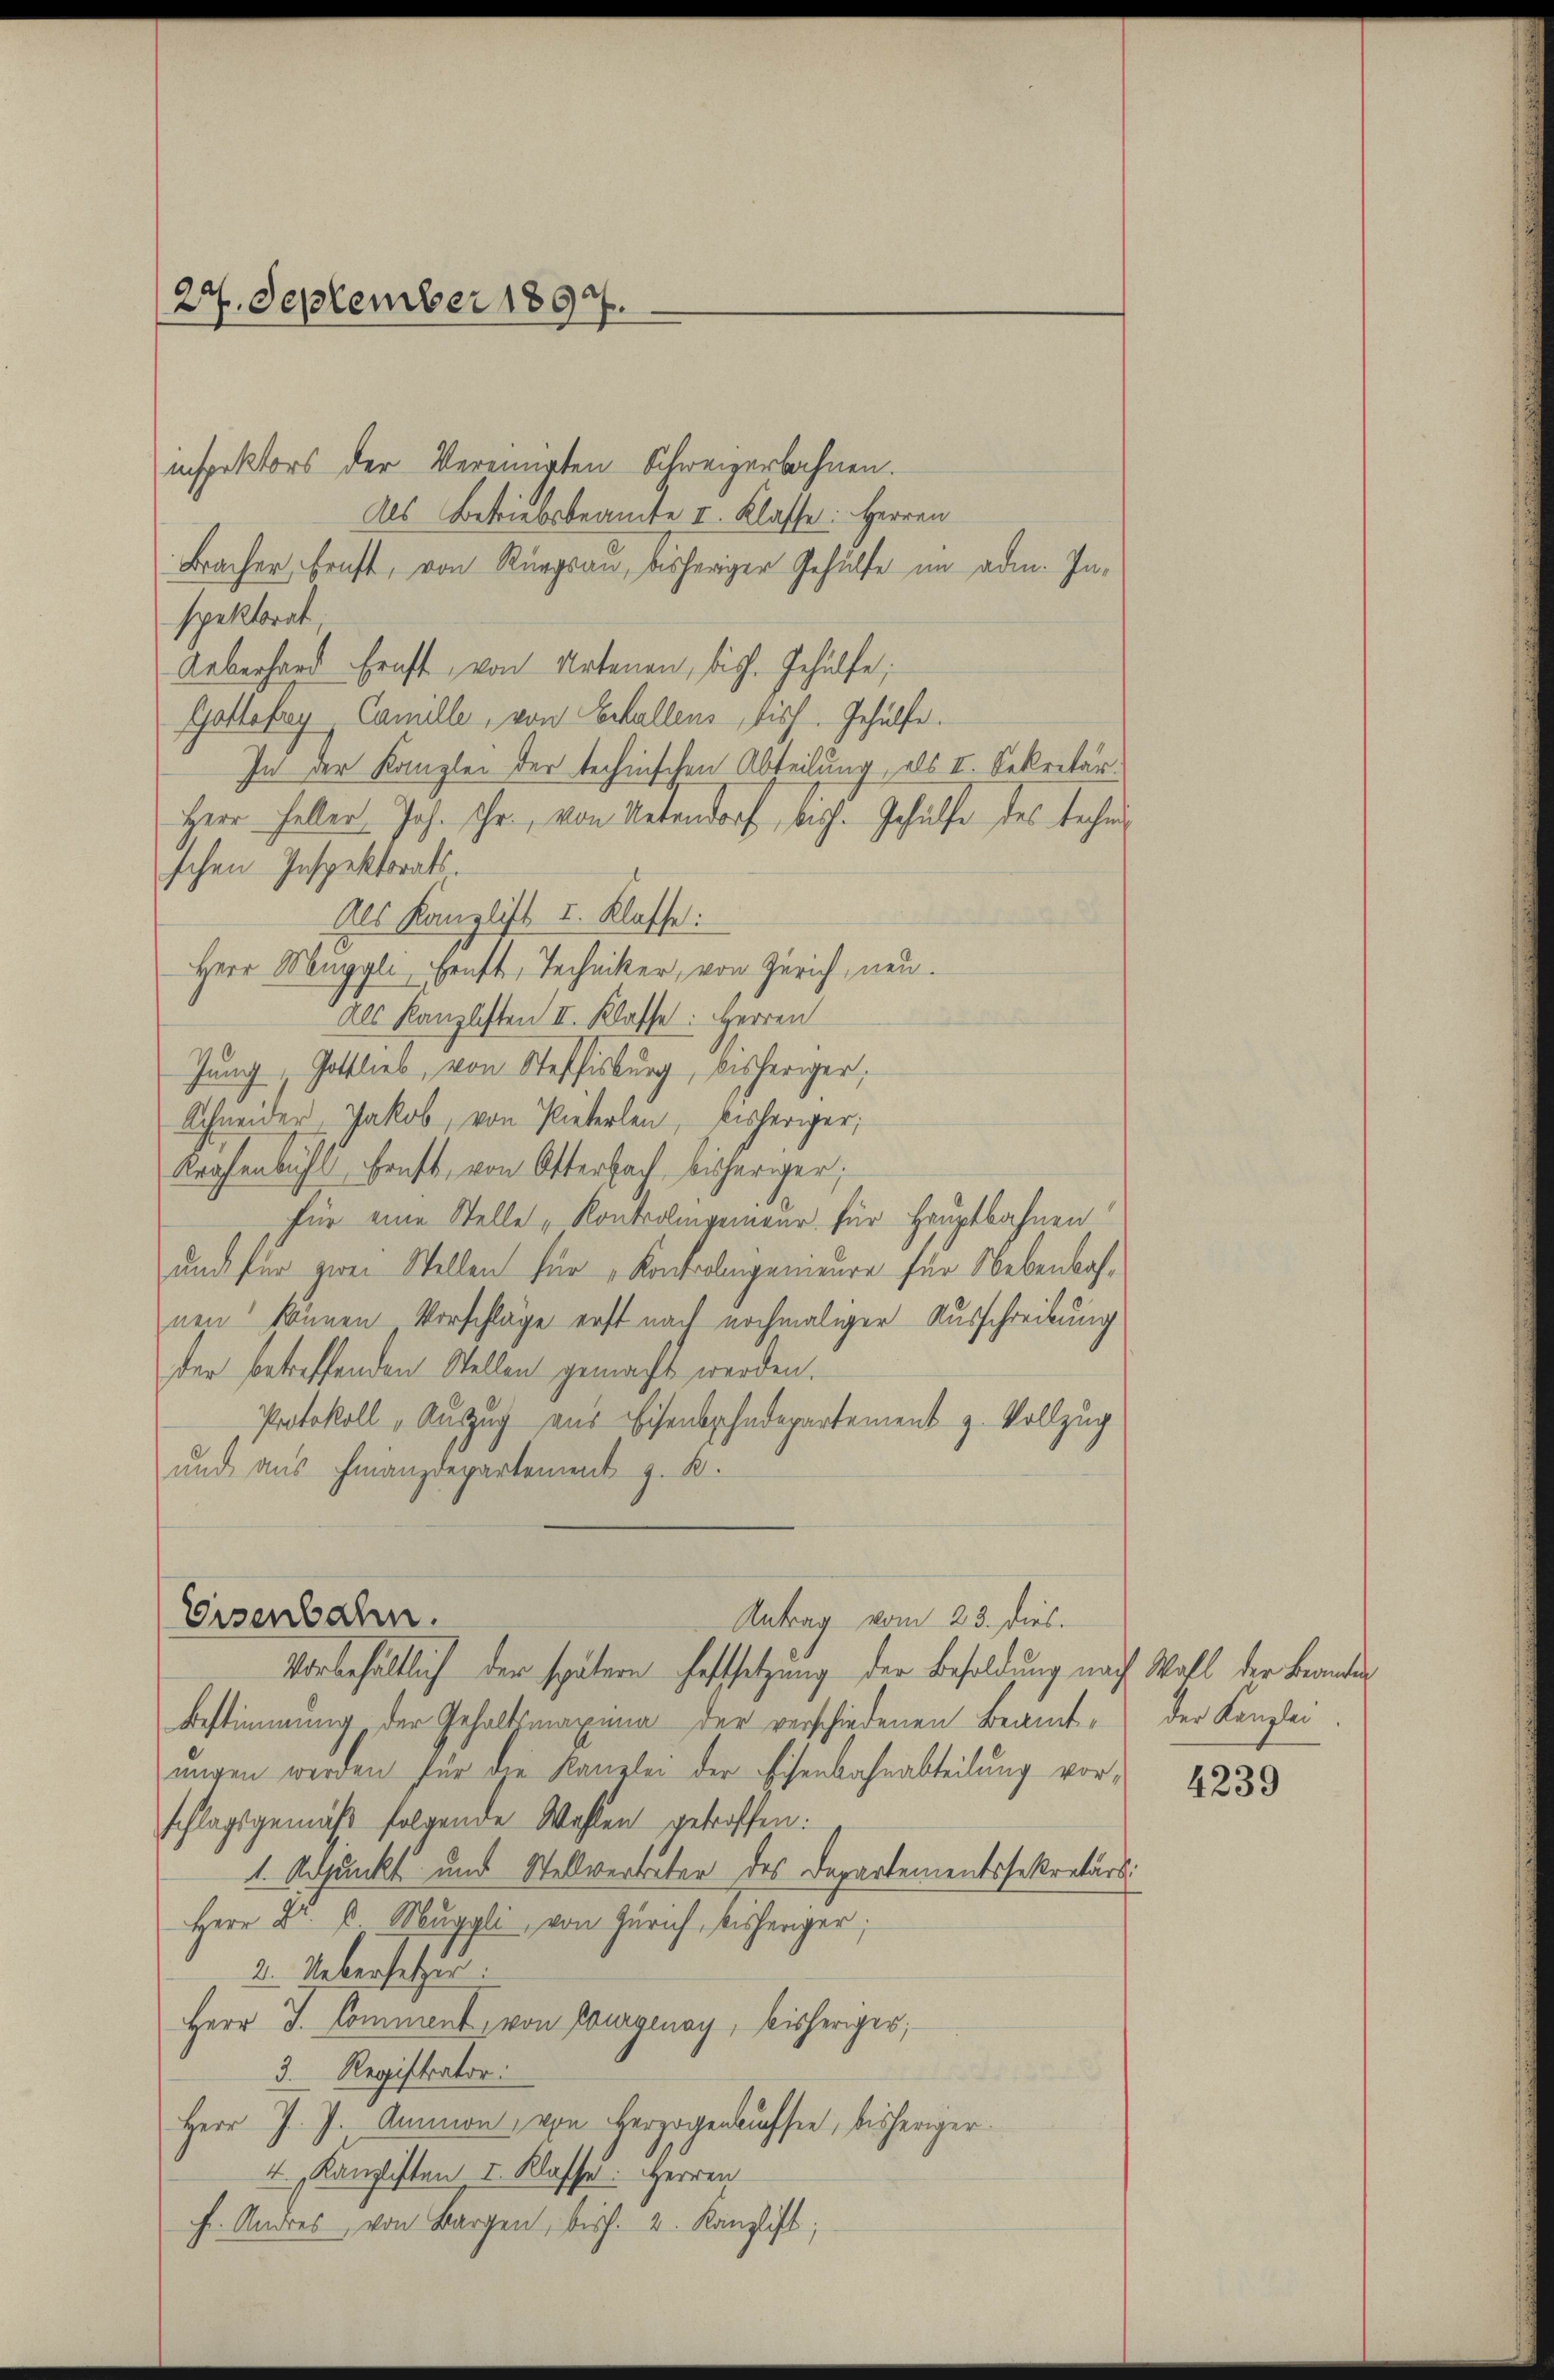
(27. September 1897.

Antrag vom 23. dies.
Eisenbahn.
Vorbehältlich der spätern haftsetzung der Besoldung nach Wall der Beamten

inspektors der Vereinigten Schweizerbahnen.
Als Betriebsbeamte I. Klasse: Herren
Bracher, Brust, von Rungsau, bisheriger Gehülfe im ade. Inspektorat
Ueberhard kraft von Artenen, bisch. Gehülfe,
Gattefrey Camille, von Echallens, bisch. Gehülfe.
In der Kanzlei der technischen Abteilung, als I. Sekretär
Herr Heller, Joh. Chr., von Untendorf, bish. Gehülfe des techn
schen Inspektorats.
Als Kanzlist u. Klasse:
Herr Muggli, Ernst, Techniker, von Zürich, neu.
Als Kanzlisten II. Klasse: Herren
Jung, Gottlieb, von Steffisburg, bisheriger,
Schneider Jakob, von Pieterlen, bisheriger;
Krafenbühl ruft, von Otterbach, bisheriger;
für eine Stelle „Kontrolingemeur für Hauptbahnen
und für zwei Stellen für Kontrolinigenieure für Nebenbahnen können Vorschläge erst nach nochmaliger Ausschreibung
der betreffenden Stellen gemacht werden.
Protokoll „Auszug aus Eisenbahndepartement z. Vollzug
und aus Finanzdepartement z. B.

Bestimmung der Gehaltsmaxina der verschiedenen Beamte der Kanzlei
ungen werden für die Kanzlei der Eisenbahnabteilung vorschlagsgemäß folgende Wahlen getroffen:
1. Adjunkt und Stellvertreter des Departementssekretärs
Herr Dr. C. Muggli, von Zürich, bisheriger;
2. Uebersetzen.
Herr J. Comment, von Bourgenay, bisheriger,
3. Registrator:
Herr J. J. Ammon, von Herzogenaussee, bisheriger
4. " Kanzlisten I. Klasse. Herren
f. Andres von Bargen, bish. 2. Kanzlist;

s

4239